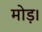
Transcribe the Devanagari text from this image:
मोड़।